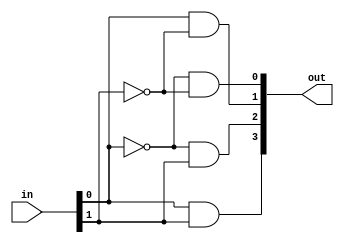
`timescale 1ns / 1ps
module Decode24 ( out , in ) ;
  input [ 1 : 0 ] in ;
  output [ 3 : 0 ] out ;

  assign out[0] = ~in[0] & ~in[1];// the value of out[0] corresponds to 0 and 0
  assign out[1] = in[0] & ~in[1];// the value of out[1] corresponds to 1 and 0
  assign out[2] = ~in[0] & in[1];// the value of out[2] corresponds to 0 and 1
  assign out[3] = in[0] & in[1]; // the value of out[3] corresponds to 1 and 1

endmodule
// Behavioral programming is in parallel and makes use of the assign statement